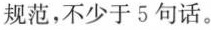
规范，不少于5句话。